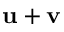
\mathbf { u } + \mathbf { v }